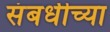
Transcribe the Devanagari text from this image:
संबधीच्या